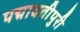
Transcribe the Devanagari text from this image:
पद्मावतीपुरी